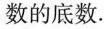
数的底数。